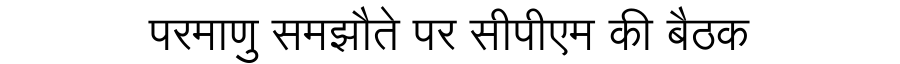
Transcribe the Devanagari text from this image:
परमाणु समझौते पर सीपीएम की बैठक